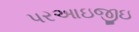
પરઆઇજીઇ